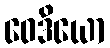
ဝေဒိယော